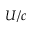
U / c